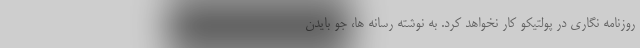
روزنامه نگاری در پولتیکو کار نخواهد کرد. به نوشته رسانه ها، جو بایدن